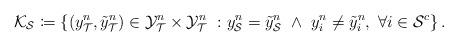
LaTeX: \begin{align*}\mathcal{K}_{\mathcal{S}} \coloneqq \left\{(y^{n}_{\mathcal{T}},\tilde{y}^{n}_{\mathcal{T}}) \in \mathcal{Y}^{n}_{\mathcal{T}} \times \mathcal{Y}^{n}_{\mathcal{T}} \ :y^{n}_{\mathcal{S}}=\tilde{y}^{n}_{\mathcal{S}} \ \wedge\ y^{n}_{i} \neq \tilde{y}^{n}_{i}, \ \forall i \in \mathcal{S}^{c}\right\}.\end{align*}